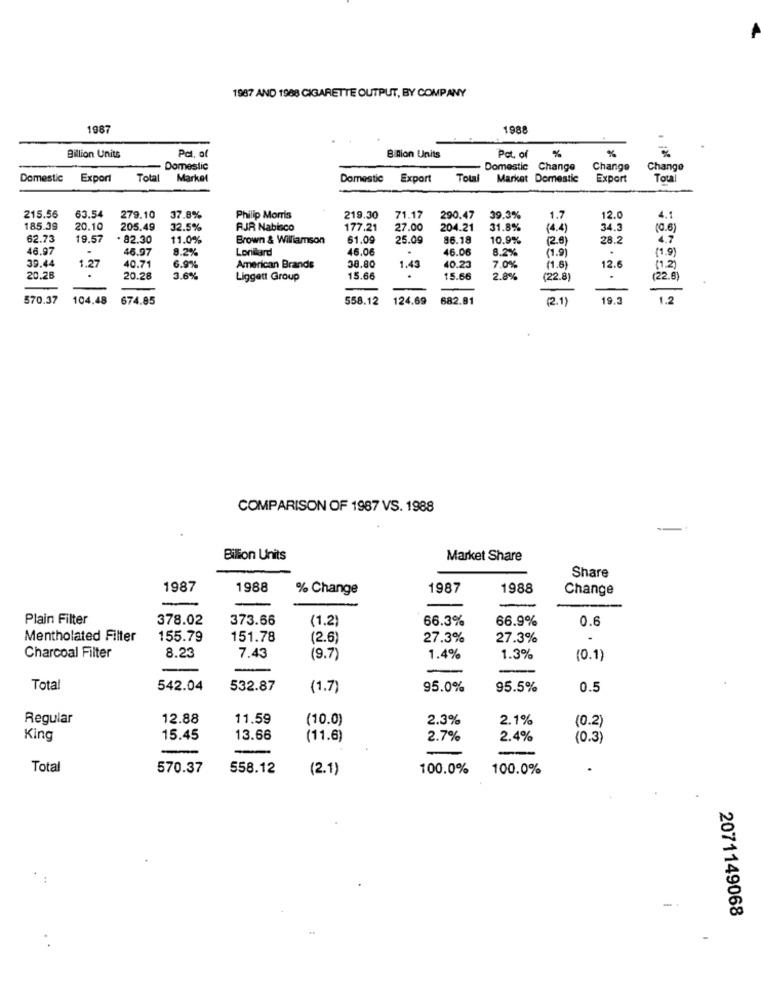
1987 AND 1988 CIGARETTE OUTPUT, BY COMPANY
1987
1988
Billion Units
%
%
Pat. of
Bilion Units
Pot. of
Domestic
Domestic Change
Change
Change
Domestic
Export
Total
Markel
Domestic
Export
Total
Market Domestic
Export
Tou!
215.56
63.54
279.10
37.8%
Philip Morris
219.30
71.17
290.47
39.3%
1.7
12.0
4.1
185.39
20.10
205.49
32.5%
RJR Nabisco
177.21
27.00
204.21
31.8%
(4.4)
34.3
(0.6
62.73
19.5
. 82.30
11.0%
Brown & Williamson
61.09
25.09
86.18
10.9%
28.2
4.7
46.97
46.97
8.2%
Lorilard
46.06
46.0
8.2%
.
(1,9)
39.44
1.27
40.71
(1.9)
12.6
6.9%
American Brands
38.80
1.43
40.23
7.0%
(1.6)
(1.2)
20.28
20.28
3.6%
Liggett Group
15.66
.
15.66
2.8%
(22.8)
(22.6
570.37
104.48
674.85
558.12
124.69
682.81
(2.1)
19.3
162
COMPARISON OF 1987 VS. 1988
Bilion Units
Market Share
Share
1987
1988
% Change
1987
1988
Change
Plain Filter
378.02
373.66
(1.2)
66.3%
66.9%
0.6
Mentholated Filter
155.79
151.78
(2.6)
27.3%
27.3%
8.23
Charcoal Filter
7.43
(9.7)
1.4%
1.3%
(0.1)
Total
542.04
532.87
(1.7)
95.0%
95.5%
0.5
Regular
12.88
11.59
(10.0)
2.3%
2.1%
(0.2)
King
15.45
13.66
(11.6)
2.7%
2.4%
(0.3)
---
Total
570.37
558.12
(2.1)
100.0%
100.0%
-
2071149068